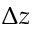
\Delta z